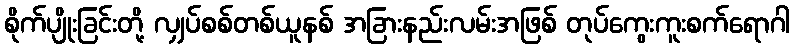
စိုက်ပျိုးခြင်းတို့ လျှပ်စစ်တစ်ယူနစ် အခြားနည်းလမ်းအဖြစ် တုပ်ကွေးကူးစက်ရောဂါ